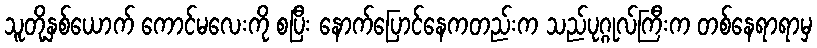
သူတို့နှစ်ယောက် ကောင်မလေးကို စပြီး နောက်ပြောင်နေကတည်းက သည်ပုဂ္ဂုလ်ကြီးက တစ်နေရာရာမှ